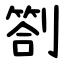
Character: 劄